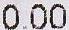
0.00